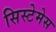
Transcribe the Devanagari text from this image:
सिस्टेमेस